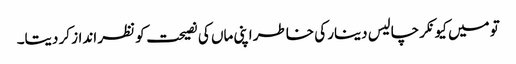
تو میں کیونکر چالیس دینار کی خاطر اپنی ماں کی نصیحت کو نظر انداز کر دیتا۔